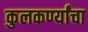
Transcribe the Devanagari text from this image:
कुलकर्ण्यांचा